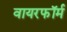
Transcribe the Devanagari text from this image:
वायरफॉर्म